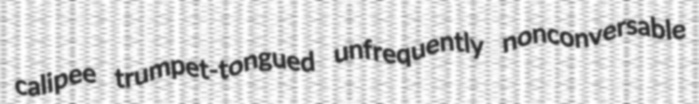
calipee trumpet-tongued unfrequently nonconversable